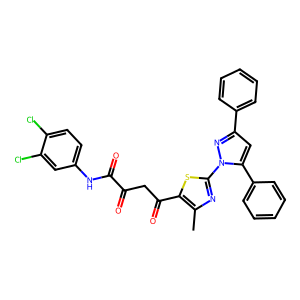
SMILES: Cc1nc(-n2nc(-c3ccccc3)cc2-c2ccccc2)sc1C(=O)CC(=O)C(=O)Nc1ccc(Cl)c(Cl)c1
Inhibits HIV replication: No